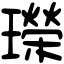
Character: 𤪤